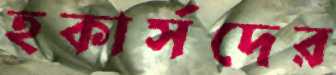
হকার্সদের